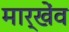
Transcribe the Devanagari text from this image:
मार्खेंव